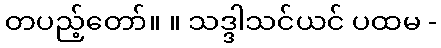
တပည့်တော်။ ။ သဒ္ဒါသင်ယင် ပထမ -